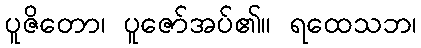
ပူဇိတော၊ ပူဇော်အပ်၏။ ရထေသဘ၊